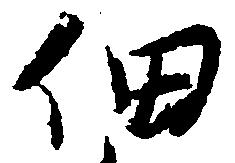
佃